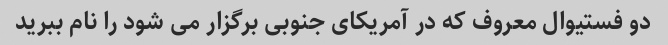
دو فستیوال معروف که در آمریکای جنوبی برگزار می شود را نام ببرید